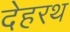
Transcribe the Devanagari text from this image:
देहरथ